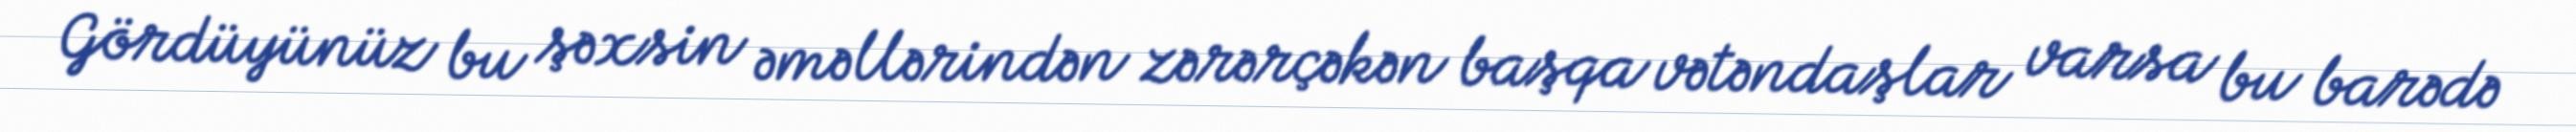
Gördüyünüz bu şəxsin əməllərindən zərərçəkən başqa vətəndaşlar varsa bu barədə